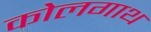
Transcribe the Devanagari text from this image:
कोलगाथ